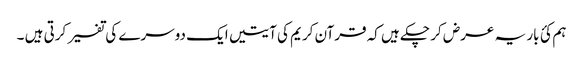
ہم کئ بار یہ عرض کر چکے ہیں کہ قرآن کریم کی آیتیں ایک دوسرے کی تفسیر کرتی ہیں ۔